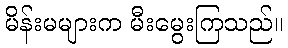
မိန်းမများက မီးမွေးကြသည်။